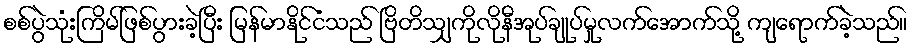
စစ်ပွဲသုံးကြိမ်ဖြစ်ပွားခဲ့ပြီး မြန်မာနိုင်ငံသည် ဗြိတိသျှကိုလိုနီအုပ်ချုပ်မှုလက်အောက်သို့ ကျရောက်ခဲ့သည်။